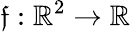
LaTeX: \mathfrak{f}:\mathbb{{R}}^{2}\rightarrow\mathbb{{R}}